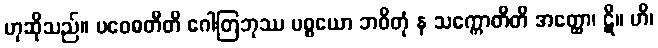
ဟုဆိုသည်။ ပဝေဓတီတိ ဂေါတြဘုဿ ပစ္စယော ဘဝိတုံ န သက္ကောတီတိ အတ္ထော၊ ဋီ။ ဟိ၊